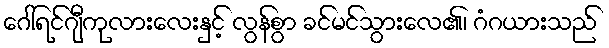
ဂေါ်ရင်ဂျီကုလားလေးနှင့် လွန်စွာ ခင်မင်သွားလေ၏၊ ဂံဂယားသည်